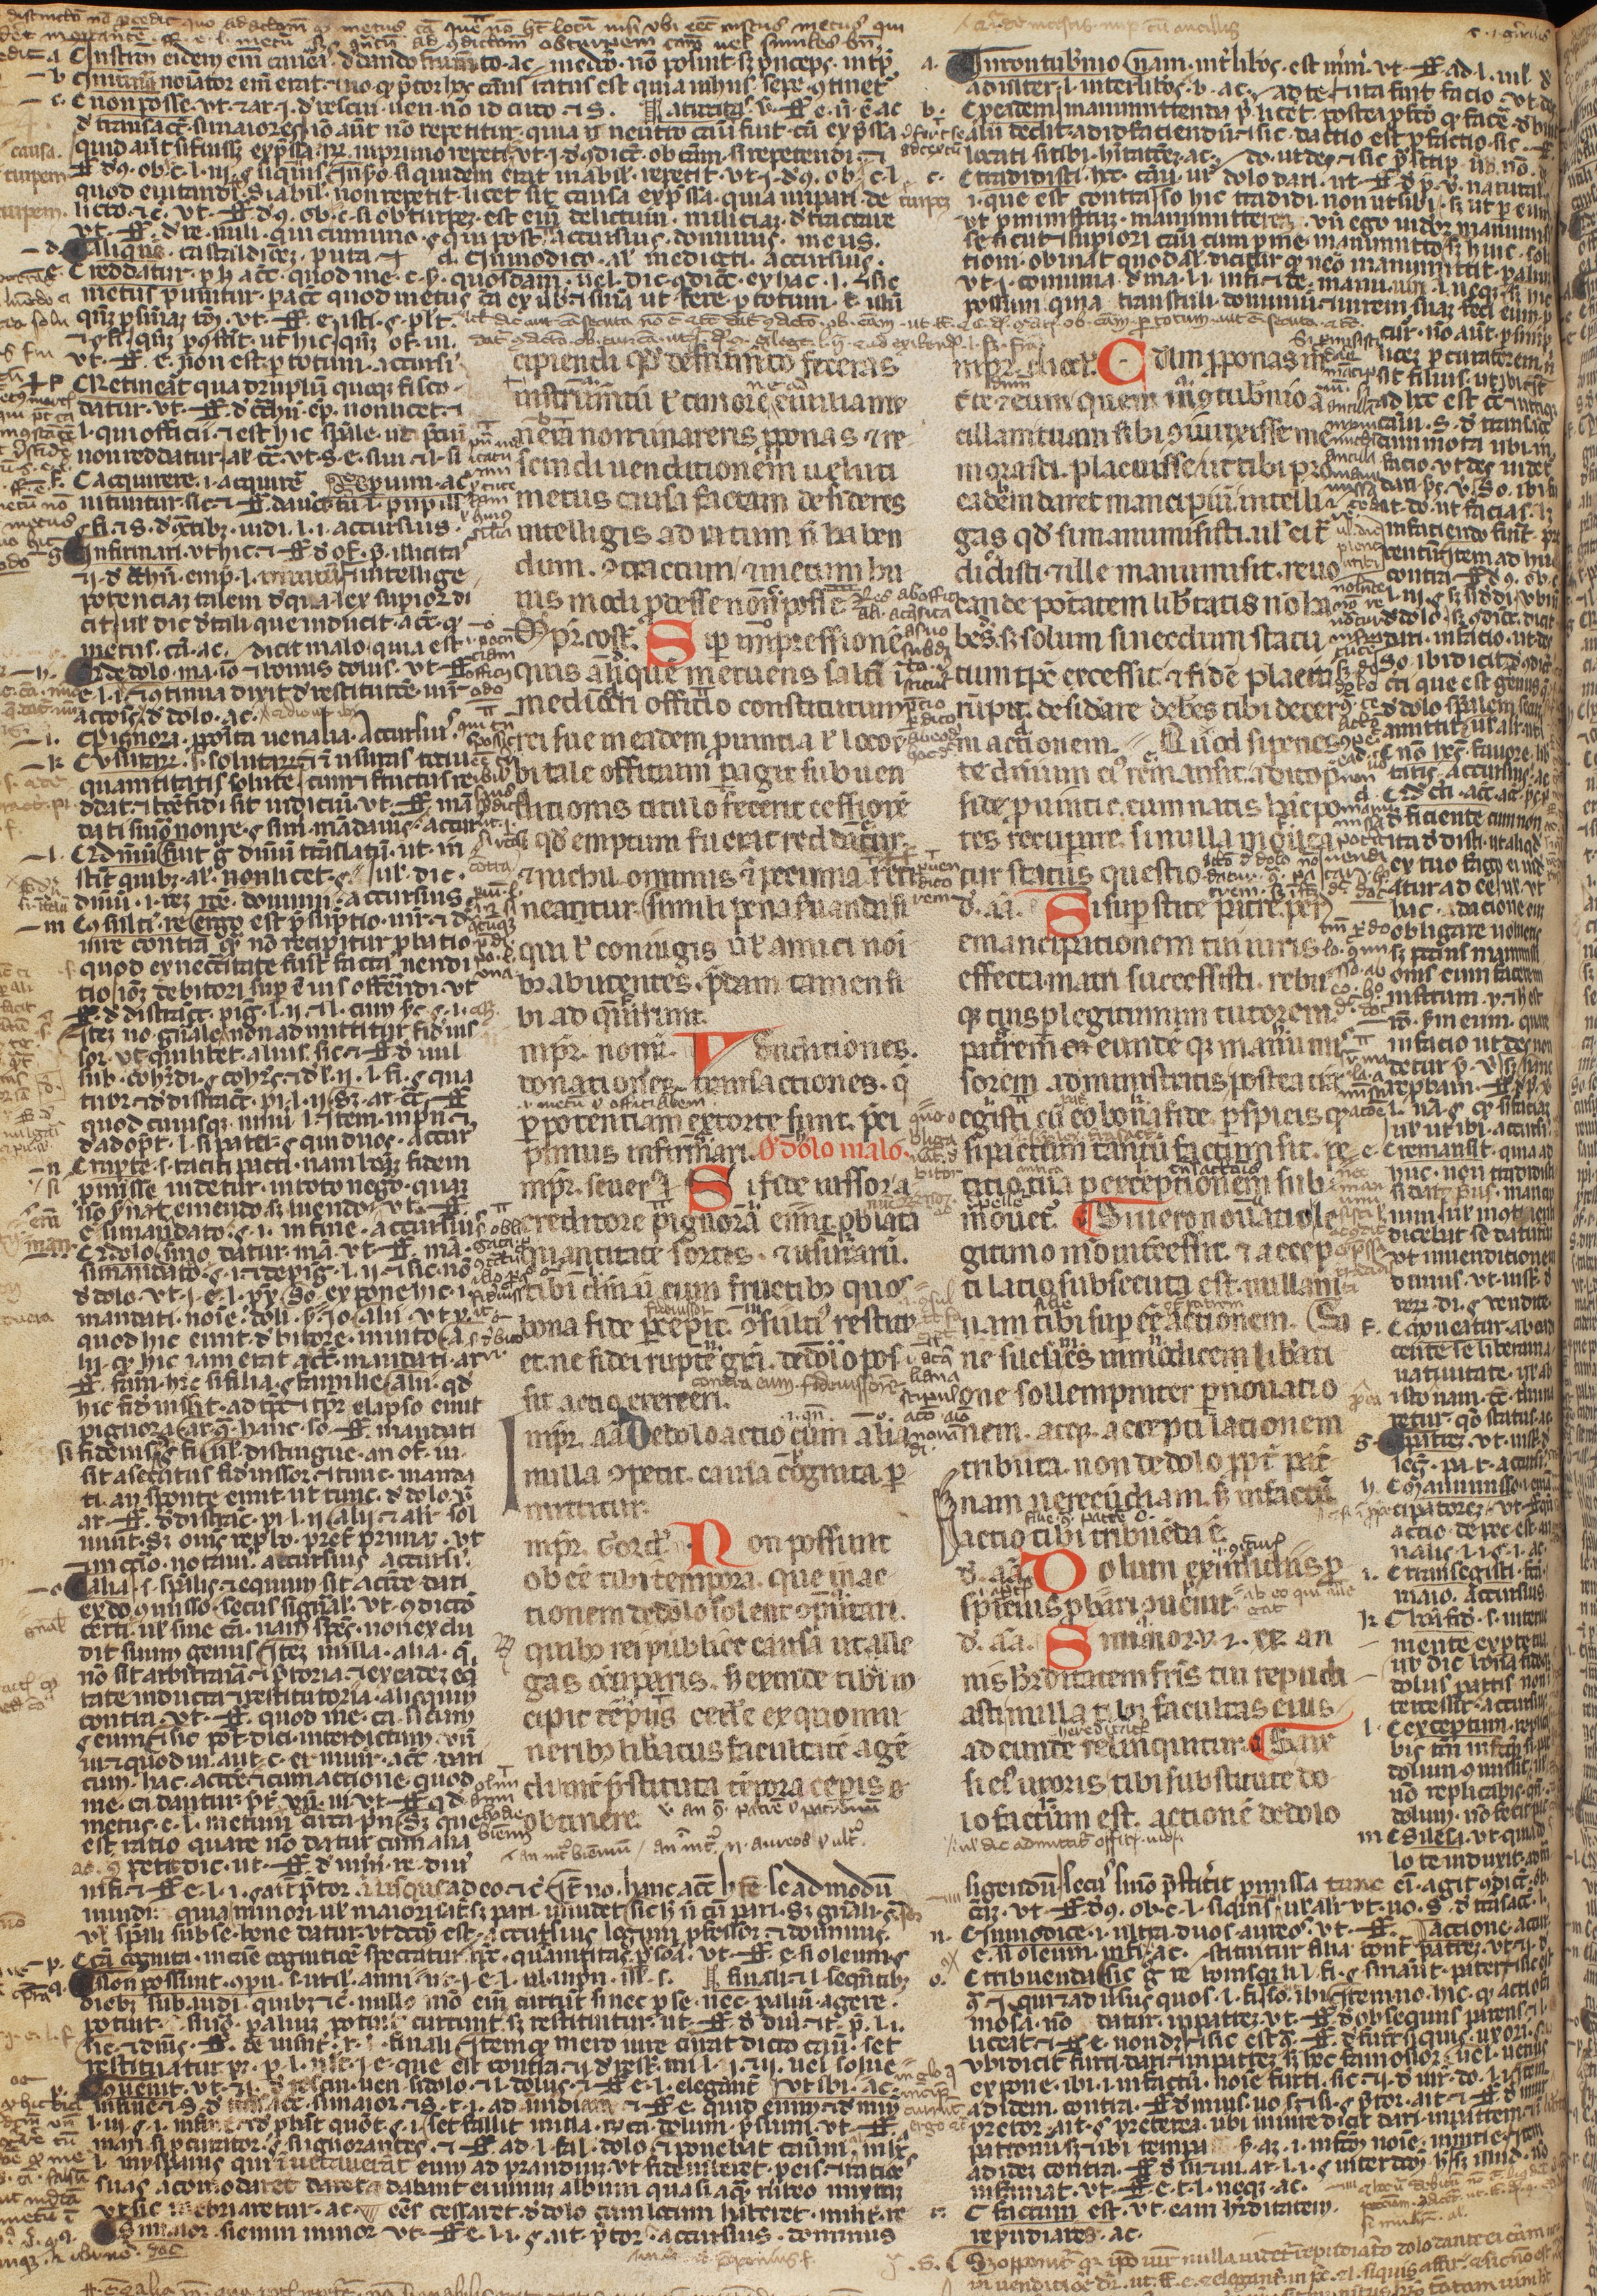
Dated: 1250–1399